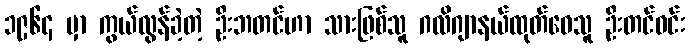
၁၉၆၄ မှာ ကွယ်လွန်ခဲ့တဲ့ ဦးဘတင်ဟာ သားဖြစ်သူ ဂလိဂျာနယ်ထုတ်ဝေသူ ဦးတင်ဝင်း